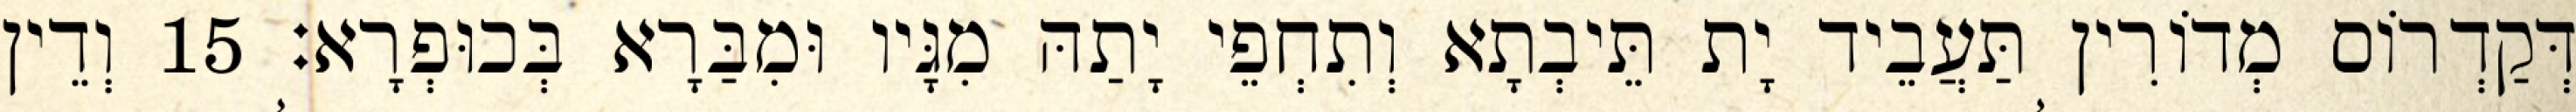
דְּקַדְרוֹס מְדוֹרִין תַּעֲבֵיד יָת תֵּיבְתָא וְתִחְפֵי יָתַהּ מִגָּיו וּמִבַּרָא בְּכוּפְרָא׃ 15 וְדֵין